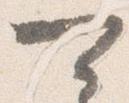
可